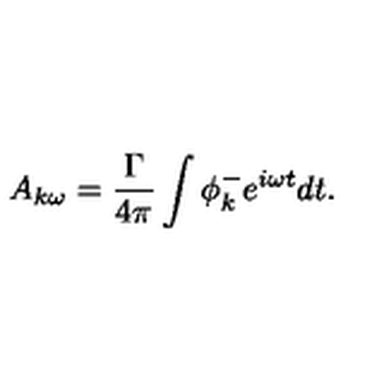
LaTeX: A _ { k \omega } = \frac { \Gamma } { 4 \pi } \int \phi _ { k } ^ { - } e ^ { i \omega t } d t .